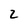
Character: 2